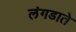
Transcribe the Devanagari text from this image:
लंगडाते